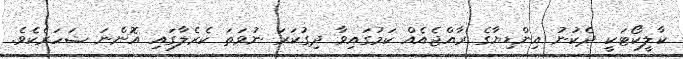
ކާލީކޯޓަކީ ދެކުނު އިންޑިޔާގެ ރާއްޖެއެއް ކަމުގައިވާ ދިގުކަރަ ނުވަތަ ކެރެލާގައި އޮންނަ ޝަހަރެކެވެ.